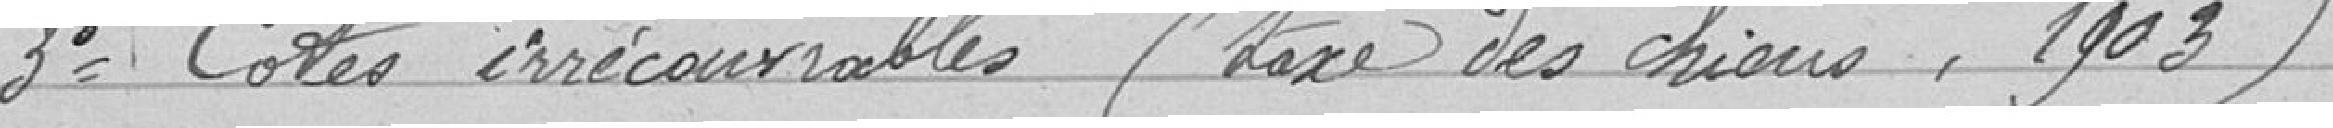
3° Cotes irrécouvrables (taxe des chiens, 1903)